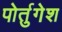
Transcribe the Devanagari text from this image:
पोर्तुगेश